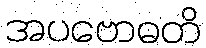
အပဗောဓတိ